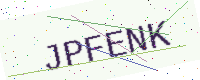
Text: JPFENK